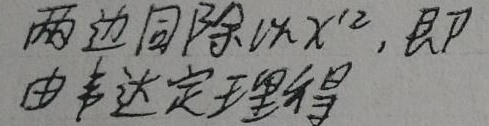
两边同除以$x^{12}$, 即
由韦达定理得